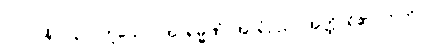
[၀၁] (နိ၊ ၂၄၀) ဟူသော။ အာရမ္မဏံ၊ အာရုံဥည်။ အတ္ထိ၊ ရှိ၏။ ဣတိ၊